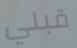
قبلي